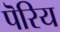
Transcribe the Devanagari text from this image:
पॆरिय